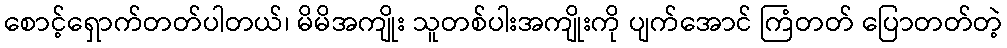
စောင့်ရှောက်တတ်ပါတယ်၊ မိမိအကျိုး သူတစ်ပါးအကျိုးကို ပျက်အောင် ကြံတတ် ပြောတတ်တဲ့